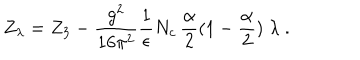
Z _ { \lambda } = Z _ { 3 } - \frac { g ^ { 2 } } { 1 6 \pi ^ { 2 } } \frac { 1 } { \epsilon } N _ { c } \, \frac \alpha 2 ( 1 - \frac \alpha 2 ) \; \lambda \; .